Sanitation, dispensaries and jails vaccination Rajputana 1922-1927 - 1922-1927
Year: 1922
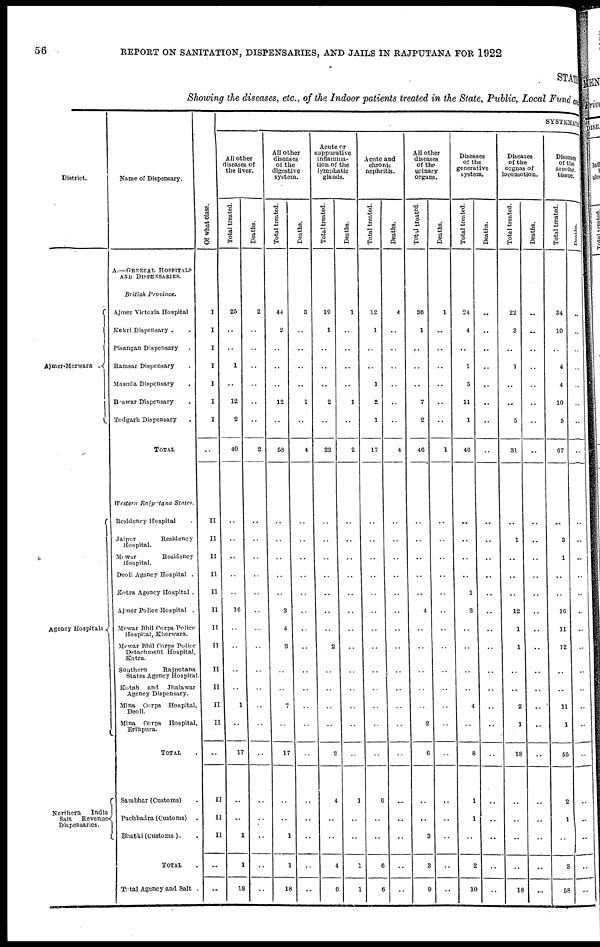
56
REPORT ON SANITATION, DISPENSARIES, AND JAILS IN RAJPUTANA FOR 1922
STATE
Showing the diseases, etc., of the Indoor patients treated in the State, Public, Local Fund and
District.
Ajmer Merwara .
Agency Hospitals
Northern
India
Salt Revenue
Dispensaries.
Name of Dispensary.
A.—GENERAL HOSPITALS
AND DISPENSARIES.
British Province.
Ajmer Victoria Hospital
Kekri Dispensary . .
Pisangan Dispensary .
Ramsar Dispensary .
Masuda Dispensary .
Beawar Dispensary .
Todgarh Dispensary .
TOTAL
Western Rajputana States.
Residency Hospital .
Jaipur
Residency
Hospital.
Mewar
Residency
Hospital.
Deoli Agency Hospital .
Kotra Agency Hospital .
Ajmer Police Hospital .
Mewar Bhil Corps Police
Hospital, Kherwara.
Mewar Bhil Corps Police
Detachment Hospital,
Kotra.
Southern
Rajputana
States Agency Hospital.
Kotah and Jhalawar
Agency Dispensary.
Mina Corps Hospital,
Deoli.
Mina Corps Hospital,
Erinpura.
TOTAL .
Sambhar (Customs) .
Pachbadra (Customs) .
Bhatki (Customs ). .
TOTAL .
Total Agency and Salt .
Of what class.
I
I
I
I
I
I
I
..
II
II
II
II
II
II
II
II
II
II
II
II
..
II
II
II
..
..
SYSTEMATIC
All other
diseases of
the liver.
Total treated.
25
..
..
1
..
12
2
40
..
..
..
..
..
16
..
..
..
..
1
..
17
..
..
1
1
18
Deaths.
2
..
..
..
..
..
..
2
..
..
..
..
..
..
..
..
..
..
..
..
..
..
..
..
..
..
All other
diseases
of the
digestive
system.
Total treated.
44
2
..
..
..
12
..
58
..
..
..
..
..
3
4
3
..
..
7
..
17
..
..
1
1
18
Deaths.
3
..
..
..
..
1
..
4
..
..
..
..
..
..
..
..
..
..
..
..
..
..
..
..
..
..
Acute or
suppurative
inflamma-
tion of the
lymphatic
glands.
Total treated.
19
1
..
..
..
2
..
22
..
..
..
..
..
..
..
2
..
..
..
..
2
4
..
..
4
6
Deaths.
1
..
..
..
..
1
..
2
..
..
..
..
..
..
..
..
..
..
..
..
..
1
..
..
1
1
Acute and
chronic¬
nephritis.
Total treated.
12
1
..
..
1
2
1
17
..
..
..
..
..
..
..
..
..
..
..
..
..
6
..
..
6
6
Deaths.
4
..
..
..
..
..
..
4
..
..
..
..
..
..
..
..
..
..
..
..
..
..
..
..
..
..
All other
diseases
of the
urinary
organs.
Total treated.
36
1
..
..
..
7
2
46
..
..
..
..
..
4
..
..
..
..
..
2
6
..
..
3
3
9
Deaths.
1
..
..
..
..
..
..
1
..
..
..
..
..
..
..
..
..
..
..
..
..
..
..
..
..
..
Diseases
of the
generative
system.
Total treated.
24
4
..
1
5
11
1
46
..
..
..
..
1
3
..
..
..
..
4
..
8
1
1
..
2
10
Deaths.
..
..
..
..
..
..
..
..
..
..
..
..
..
..
...
..
..
..
..
..
..
..
..
..
..
..
Diseases
of the
orgnas of
locomotion.
Total treated.
22
3
..
1
..
..
5
31
..
1
..
..
..
12
1
1
..
..
2
1
18
..
..
..
..
18
Deaths.
..
..
..
..
..
..
..
..
..
..
..
..
..
..
..
..
..
..
..
..
..
..
..
..
..
..
Diseases
of the
areolar,
tissue.
Total treated.
34
10
..
4
4
10
5
67
..
3
1
..
..
16
11
12
..
..
11
1
55
2
1
..
3
58
Deaths.
..
..
..
..
..
..
..
..
..
..
..
..
..
..
..
..
..
..
..
..
..
..
..
..
..
..